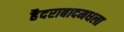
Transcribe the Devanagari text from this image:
हैदराबादमधला